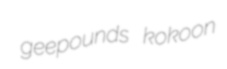
geepounds kokoon